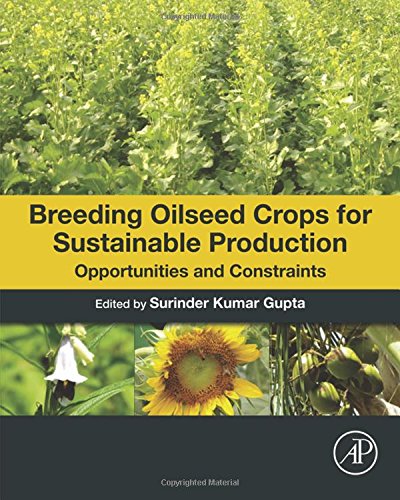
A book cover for Breeding Oilseed Crops for Sustainable Production: Opportunities and Constraints; Science & Math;